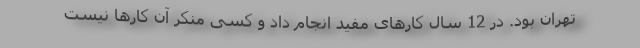
تهران بود. در 12 سال کارهای مفید انجام داد و کسی منکر آن کارها نیست